Vaccination Hyderabad 1872-1889 - 1872-1889
Year: 1872
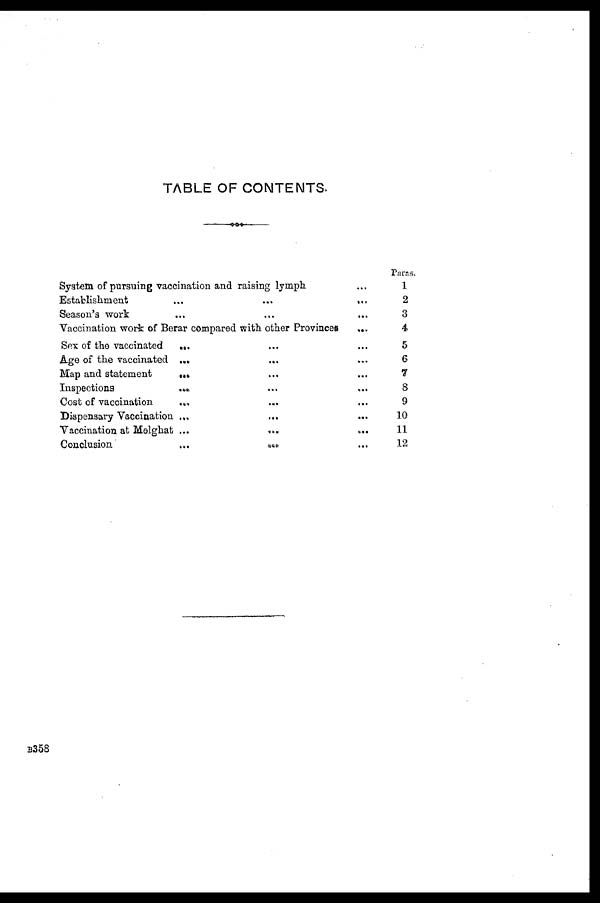
TABLE OF CONTENTS.
System of pursuing vaccination and raising lymph. ...
Establishment
...
...
...
Season's work ... ... ...
Vaccination work of Berar compared with other Provinces
...
Sex of the vaccinated
... ... ...
Age of the vaccinated ...
...
...
Map and statement
... ... ...
Inspections
...
...
...
Cost of vaccination
... ... ...
Dispensary Vaccination ...
... ...
Vaccination at Melghat ...
...
...
Conclusion ... ... ...
Paras.
1
2
3
4
5
6
7
8
9
10
11
12
B358